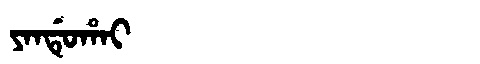
Manchu: ᠶᠠᠨᡩᡠᡥᠠᡳ
Romanization: YANDUHAI